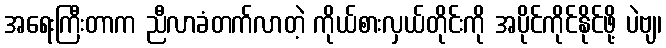
အရေးကြီးတာက ညီလာခံတက်လာတဲ့ ကိုယ်စားလှယ်တိုင်းကို အပိုင်ကိုင်နိုင်ဖို့ ပဲဗျ၊